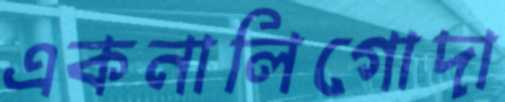
একনালিগোদা